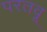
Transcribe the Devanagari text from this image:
परतवू